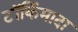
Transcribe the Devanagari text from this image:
टॉर्किमादा